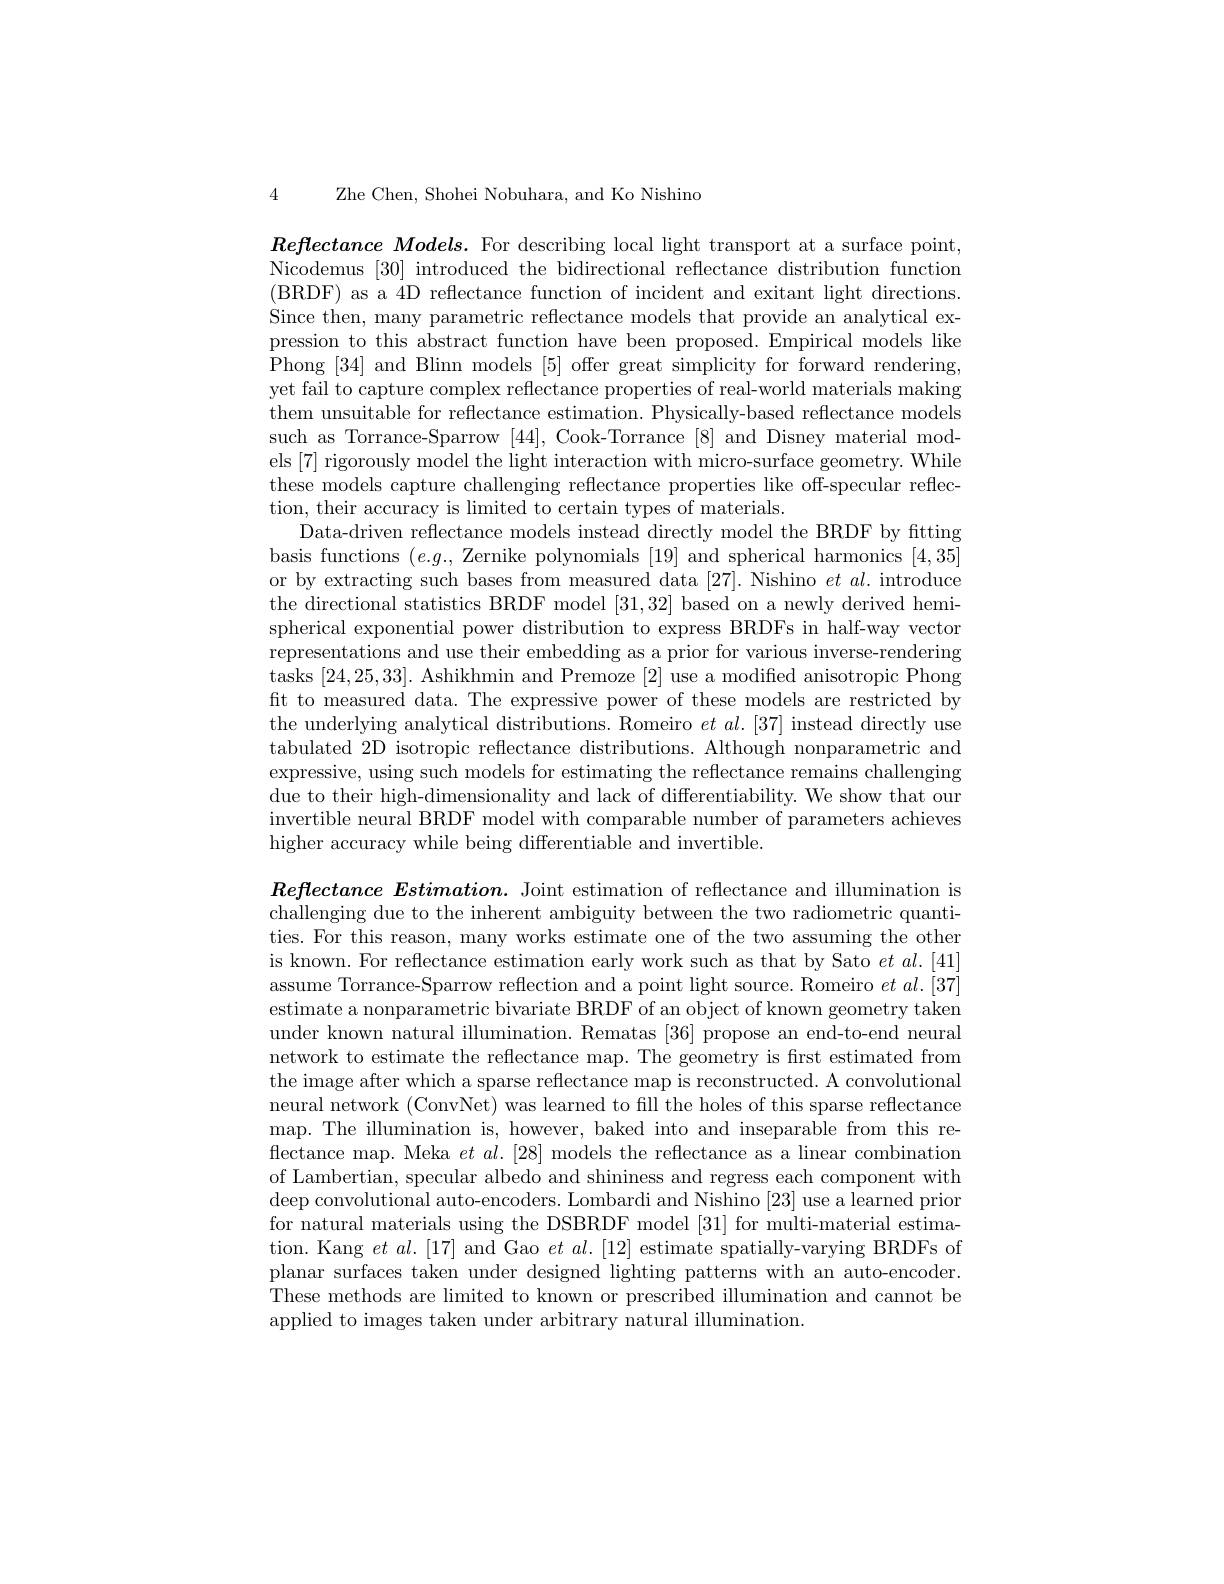
4 Zhe Chen, Shohei Nobuhara, and Ko Nishinc

$Reflectance\textit{ Models. For describing local light transport at a surface point, }$ Nicodemus [30] introduced the bidirectional reflectance distribution function (BRDF) as a 4D reflectance function of incident and exitant light directions. Since then, many parametric reflectance models that provide an analytical expression to this abstract function have been proposed. Empirical models like Phong [34] and Blinn models [5] offer great simplicity for forward rendering, yet fail to capture complex reflectance properties of real-world materials making them unsuitable for reflectance estimation. Physically-based reflectance models such as Torrance-Sparrow [44], Cook-Torrance [8] and Disney material models [7] rigorously model the light interaction with micro-surface geometry. While these models capture challenging reflectance properties like off-specular reflection, their accuracy is limited to certain types of materials.
Data-driven reflectance models instead directly model the BRDF by fitting basis functions $(e.g.$, Zernike polynomials [19] and spherical harmonics [4,35] or by extracting such bases from measured data [27]. Nishino $et\textit{al. introduce}$ the directional statistics BRDF model [31,32] based on a newly derived hemispherical exponential power distribution to express BRDFs in half-way vector representations and use their embedding as a prior for various inverse-rendering tasks [24,25,33]. Ashikhmin and Premoze [2] use a modified anisotropic Phong fit to measured data. The expressive power of these models are restricted by the underlying analytical distributions. Romeiro $et\textit{al. [ 37] instead directly use}$ tabulated 2D isotropic reflectance distributions. Although nonparametric and expressive, using such models for estimating the reflectance remains challenging due to their high-dimensionality and lack of differentiability. We show that our invertible neural BRDF model with comparable number of parameters achieves higher accuracy while being differentiable and invertible.

$Reflectance\textit{ Estimation. Joint estimation of reflectance and illumination is}$ challenging due to the inherent ambiguity between the two radiometric quantities. For this reason, many works estimate one of the two assuming the other is known. For reflectance estimation early work such as that by Sato $et\textit{al. [ 41] }$ assume Torrance-Sparrow reflection and a point light source. Romeiro $et\textit{al. [ 37] }$ estimate a nonparametric bivariate BRDF of an object of known geometry taken under known natural illumination. Rematas [36] propose an end-to-end neural network to estimate the reflectance map. The geometry is first estimated from the image after which a sparse reflectance map is reconstructed. A convolutional neural network (ConvNet) was learned to fill the holes of this sparse reflectance map. The illumination is, however, baked into and inseparable from this reflectance map. Meka $et\textit{al. [ 28] models the reflectance as a linear combination}$ of Lambertian, specular albedo and shininess and regress each component with deep convolutional auto-encoders. Lombardi and Nishino [23] use a learned prior for natural materials using the DSBRDF model [31] for multi-material estimation. Kang $et\textit{al. [ 17] and Gao }et\textit{al. [ 12] estimate spatially- varying BRDFs of}$ planar surfaces taken under designed lighting patterns with an auto-encoder. These methods are limited to known or prescribed illumination and cannot be applied to images taken under arbitrary natural illumination.